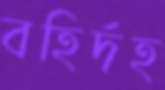
বহির্দহ